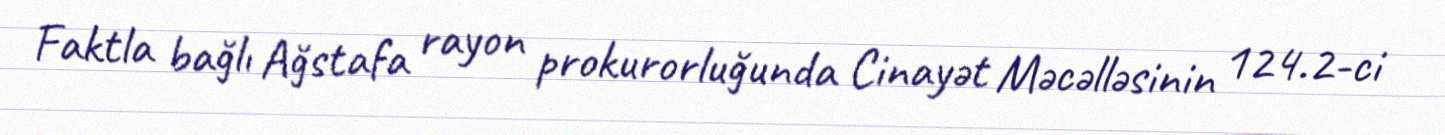
Faktla bağlı Ağstafa rayon prokurorluğunda Cinayət Məcəlləsinin 124.2-ci